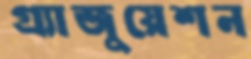
গ্র্যাজুয়েশন